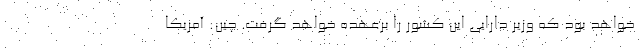
خواهد بود که وزیر دارایی این کشور را برعهده خواهد گرفت. چین: آمریکا